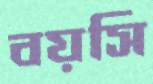
বয়সি